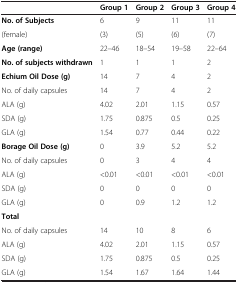
<table><thead><tr><td><b> </b></td><td><b>Group 1</b></td><td><b>Group 2</b></td><td><b>Group 3</b></td><td><b>Group 4</b></td></tr></thead><tbody><tr><td><b>No. of Subjects</b></td><td>6</td><td>9</td><td>11</td><td>11</td></tr><tr><td>(female)</td><td>(3)</td><td>(5)</td><td>(6)</td><td>(7)</td></tr><tr><td><b>Age (range)</b></td><td>22–46</td><td>18–54</td><td>19–58</td><td>22–64</td></tr><tr><td><b>No. of subjects withdrawn</b></td><td>1</td><td>1</td><td>1</td><td>2</td></tr><tr><td><b>Echium Oil Dose (g)</b></td><td>14</td><td>7</td><td>4</td><td>2</td></tr><tr><td>No. of daily capsules</td><td>14</td><td>7</td><td>4</td><td>2</td></tr><tr><td>ALA (g)</td><td>4.02</td><td>2.01</td><td>1.15</td><td>0.57</td></tr><tr><td>SDA (g)</td><td>1.75</td><td>0.875</td><td>0.5</td><td>0.25</td></tr><tr><td>GLA (g)</td><td>1.54</td><td>0.77</td><td>0.44</td><td>0.22</td></tr><tr><td><b>Borage Oil Dose (g)</b></td><td>0</td><td>3.9</td><td>5.2</td><td>5.2</td></tr><tr><td>No. of daily capsules</td><td>0</td><td>3</td><td>4</td><td>4</td></tr><tr><td>ALA (g)</td><td>&lt;0.01</td><td>&lt;0.01</td><td>&lt;0.01</td><td>&lt;0.01</td></tr><tr><td>SDA (g)</td><td>0</td><td>0</td><td>0</td><td>0</td></tr><tr><td>GLA (g)</td><td>0</td><td>0.9</td><td>1.2</td><td>1.2</td></tr><tr><td><b>Total</b></td><td> </td><td> </td><td> </td><td> </td></tr><tr><td>No. of daily capsules</td><td>14</td><td>10</td><td>8</td><td>6</td></tr><tr><td>ALA (g)</td><td>4.02</td><td>2.01</td><td>1.15</td><td>0.57</td></tr><tr><td>SDA (g)</td><td>1.75</td><td>0.875</td><td>0.5</td><td>0.25</td></tr><tr><td>GLA (g)</td><td>1.54</td><td>1.67</td><td>1.64</td><td>1.44</td></tr></tbody></table>